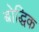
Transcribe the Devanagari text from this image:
बोद्धिक